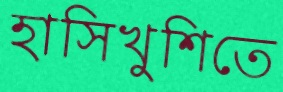
হাসিখুশিতে